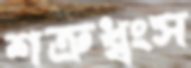
শত্রুধ্বংস